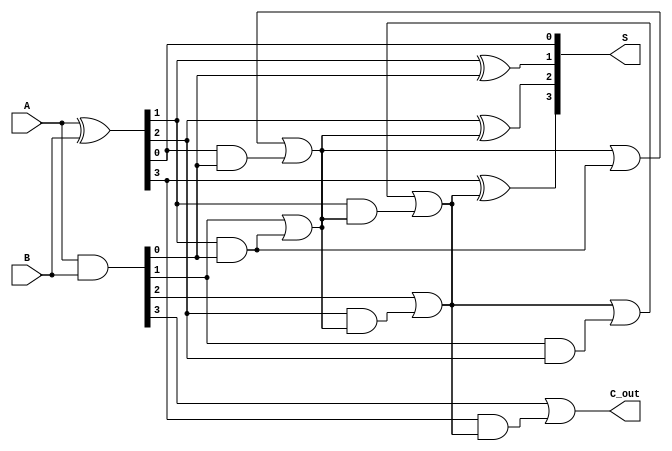
module ParallelPrefixAdder #(parameter N = 4) (
    input  wire [N-1:0] A,
    input  wire [N-1:0] B,
    output wire [N-1:0] S,
    output wire C_out
);

    // Generate and Propagate signals
    wire [N-1:0] G; // Generate signals
    wire [N-1:0] P; // Propagate signals
    wire [N:0] C;   // Carry signals (C[i] for carry of bit i)

    assign G = A & B;          // G[i] = A[i] & B[i]
    assign P = A ^ B;          // P[i] = A[i] ^ B[i]
    
    // Initialize Carry
    assign C[0] = 0; // C[0] is typically 0 as input carry

    // Level 1 of Kogge-Stone prefix (direct connections)
    genvar i;
    generate
        for (i = 1; i < N; i = i + 1) begin : level1
            assign C[i] = G[i-1] | (P[i-1] & C[i-1]);
        end
    endgenerate

    // Level 2 of Kogge-Stone prefix
    generate
        for (i = 2; i < N; i = i + 1) begin : level2
            assign C[i] = C[i] | (G[i-2] & P[i-1]) | (P[i-2] & C[i-1]);
        end
    endgenerate

    // Level 3 of Kogge-Stone prefix (if N > 4)
    generate
        for (i = 4; i < N; i = i + 1) begin : level3
            assign C[i] = (G[i-4] & P[i-3]) | (P[i-4] & C[i-1]);
        end
    endgenerate

    // Compute sum
    generate
        for (i = 0; i < N; i = i + 1) begin : sum
            assign S[i] = P[i] ^ C[i]; // S[i] = P[i] ^ C[i]
        end
    endgenerate

    // Final Carry-out
    assign C_out = G[N-1] | (P[N-1] & C[N-1]);

endmodule